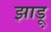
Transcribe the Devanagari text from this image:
झाडू़